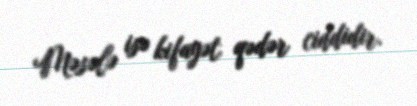
Məsələ isə kifayət qədər ciddidir.